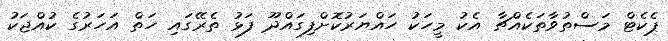
ޕެކެޓް މަސްތުވާތަކެއްޗާ އެކު މީހަކު ހައްޔަރުކޮށްފިގައްދޫ ފަޅު ތެރޭގައި ހަތް އަހަރުގެ ކުއްޖަކު